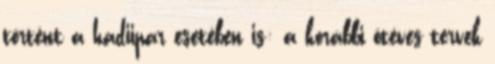
történt a hadiipar esetében is: a korábbi ötéves tervek